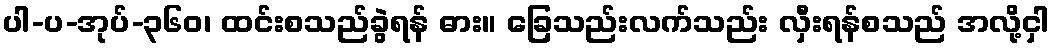
ပါ-ပ-အုပ်-၃၆၀၊ ထင်းစသည်ခွဲရန် ဓား။ ခြေသည်းလက်သည်း လှီးရန်စသည် အလို့ငှါ